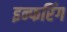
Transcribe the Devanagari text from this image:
इन्फरिंग